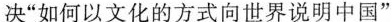
决“如何以文化的方式向世界说明中国”